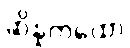
ဆိန္နကထော